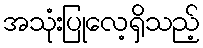
အသုံးပြုလေ့ရှိသည့်